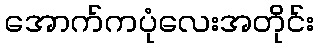
အောက်ကပုံလေးအတိုင်း